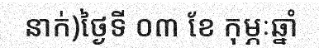
នាក់)ថ្ងៃទី ០៣ ខែ កុម្ភៈឆ្នាំ